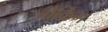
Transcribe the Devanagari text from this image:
वोर्किंग